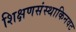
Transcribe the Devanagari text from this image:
शिक्षणसंस्थाकिनवट